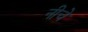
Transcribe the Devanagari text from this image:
नीचे